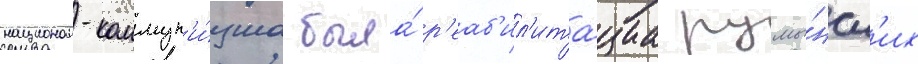
национал-коммун'и́зма была́ р'еаб'ил'ита́циа румы́нск'их